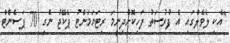
"އެކި ލެވެލްގައި އެ ފުރުސަތު ފަހިކޮށްދިނީމަ ރިޓަޔަމަންޓު ޕެކޭޖު ނެގި 70 ޕަސެންޓް